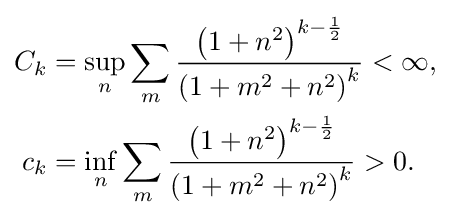
{\begin{aligned}C_{k}&=\sup _{n}\sum _{m}{\frac {\left(1+n^{2}\right)^{k-{\frac {1}{2}}}}{\left(1+m^{2}+n^{2}\right)^{k}}}<\infty ,\\c_{k}&=\inf _{n}\sum _{m}{\frac {\left(1+n^{2}\right)^{k-{\frac {1}{2}}}}{\left(1+m^{2}+n^{2}\right)^{k}}}>0.\end{aligned}}